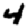
Digit: 4